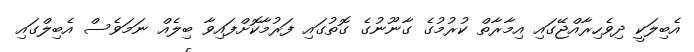
އެބިލަކީ ދިވެހިރާއްޖޭގައި އިމާރާތް ކުރުމުގެ ގާނޫނުގެ ގޮތުގައި ފަރުމާކޮށްފައިވާ ބިލެއް ނަމަވެސް އެބިލްގައި